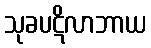
သုခပဋိလာဘာယ